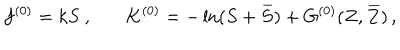
LaTeX: f ^ { ( 0 ) } = k S ~ , ~ K ^ { ( 0 ) } = - \ln ( S + \, \overline { { { \! S } } } ) + G ^ { ( 0 ) } ( Z , \, \overline { { { \! Z } } } ) \, ,